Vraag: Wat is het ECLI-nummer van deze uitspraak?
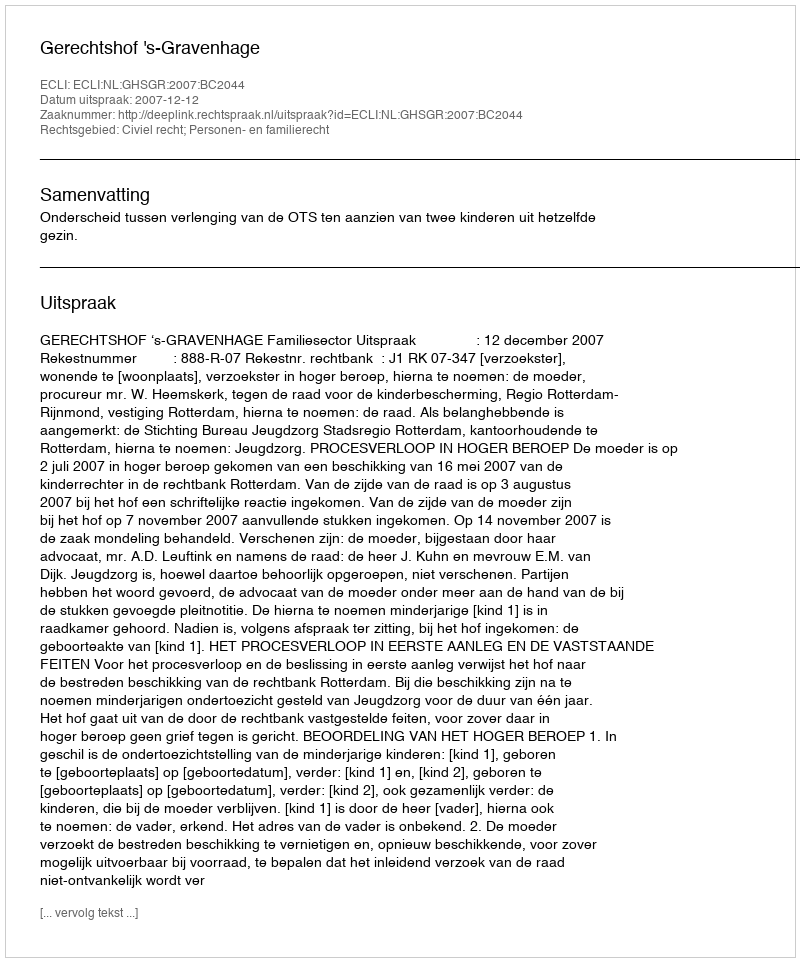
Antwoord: ECLI:NL:GHSGR:2007:BC2044